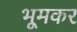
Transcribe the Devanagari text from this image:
भूमकर